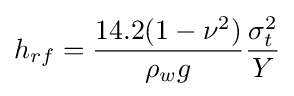
h_{rf}={\frac {14.2(1-\nu ^{2})}{\rho _{w}g}}{\frac {\sigma _{t}^{2}}{Y}}